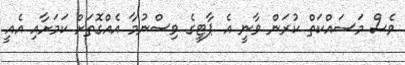
ވެސް މަސައްކަތް ކުރަން ވާނީ އެ ޕާޓީގެ ވިސްނުމާ އެއްގޮތަށް ކަމަށާއި އެއީ